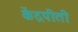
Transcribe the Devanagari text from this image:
केंद्रपीती